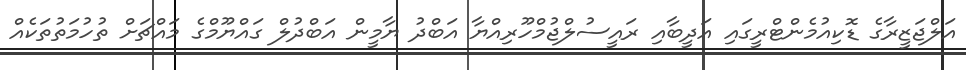
އަލްޖަޒީރާގެ ޑޮކިއުމެންޓްރީގައި އަދީބާއި ރައީސުލްޖުމްހޫރިއްޔާ އަބްދު ޔާމީން އަބްދުލް ގައްޔޫމްގެ މައްޗަށް ތުހުމަތުތަކެއް